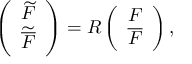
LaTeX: \left( \begin{array} { c c } { { \widetilde F } } \\ { { { \widetilde { \overline { { F } } } } } } \end{array} \right) = R \left( \begin{array} { c c } { { F } } \\ { { { \overline { { F } } } } } \end{array} \right) ,